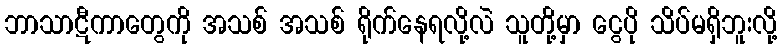
ဘာသာဋီကာတွေကို အသစ် အသစ် ရိုက်နေရလို့လဲ သူတို့မှာ ငွေပို သိပ်မရှိဘူးလို့